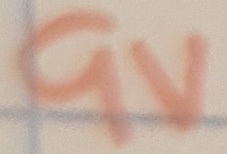
Text: 9V